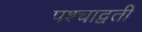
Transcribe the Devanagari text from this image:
पश्चाद्वती